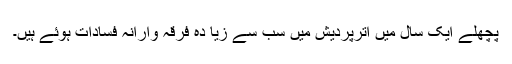
پچھلے ایک سال میں اترپردیش میں سب سے زیا دہ فرقہ وارانہ فسادات ہوئے ہیں۔